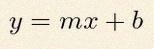
y=mx+b